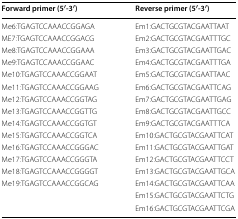
| Forward primer (5′-3′) | Reverse primer (5′-3′) |
 | --- | --- |
 | Me6:TGAGTCCAAACCGGAGA | Em1:GACTGCGTACGAATTAAT |
 | ME7:TGAGTCCAAACCGGACG | Em2:GACTGCGTACGAATTTGC |
 | Me8:TGAGTCCAAACCGGAAA | Em3:GACTGCGTACGAATTGAC |
 | Me9:TGAGTCCAAACCGGAAC | Em4:GACTGCGTACGAATTTGA |
 | Me10:TGAGTCCAAACCGGAAT | Em5:GACTGCGTACGAATTAAC |
 | Me11:TGAGTCCAAACCGGAAG | Em6:GACTGCGTACGAATTCAG |
 | Me12:TGAGTCCAAACCGGTAG | Em7:GACTGCGTACGAATTGAG |
 | Me13:TGAGTCCAAACCGGTTG | Em8:GACTGCGTACGAATTGCC |
 | Me14:TGAGTCCAAACCGGTGT | Em9:GACTGCGTACGAATTTCA |
 | Me15:TGAGTCCAAACCGGTCA | Em10:GACTGCGTACGAATTCAT |
 | Me16:TGAGTCCAAACCGGGAC | Em11:GACTGCGTACGAATTGAT |
 | Me17:TGAGTCCAAACCGGGTA | Em12:GACTGCGTACGAATTCCT |
 | Me18:TGAGTCCAAACCGGGGT | Em13:GACTGCGTACGAATTGCA |
 | Me19:TGAGTCCAAACCGGCAG | Em14:GACTGCGTACGAATTCAA |
 |  | Em15:GACTGCGTACGAATTCTG |
 |  | Em16:GACTGCGTACGAATTCGA |